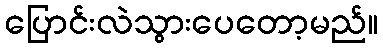
ပြောင်းလဲသွားပေတော့မည်။